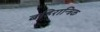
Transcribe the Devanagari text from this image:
बहिरान्त्रिक